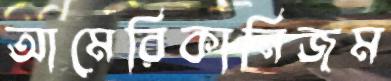
আমেরিকানিজম